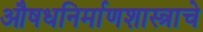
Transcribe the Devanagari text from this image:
औषधनिर्माणशास्त्राचे